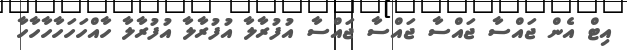
އިޓް އެން ޖައްސާ ޖައްސާ ޖައްސާ ޖައްސާ އުފުރާލާ އުފުރާލާ އުފުރާލާ ހާއްހަހަހާހާހާހާ